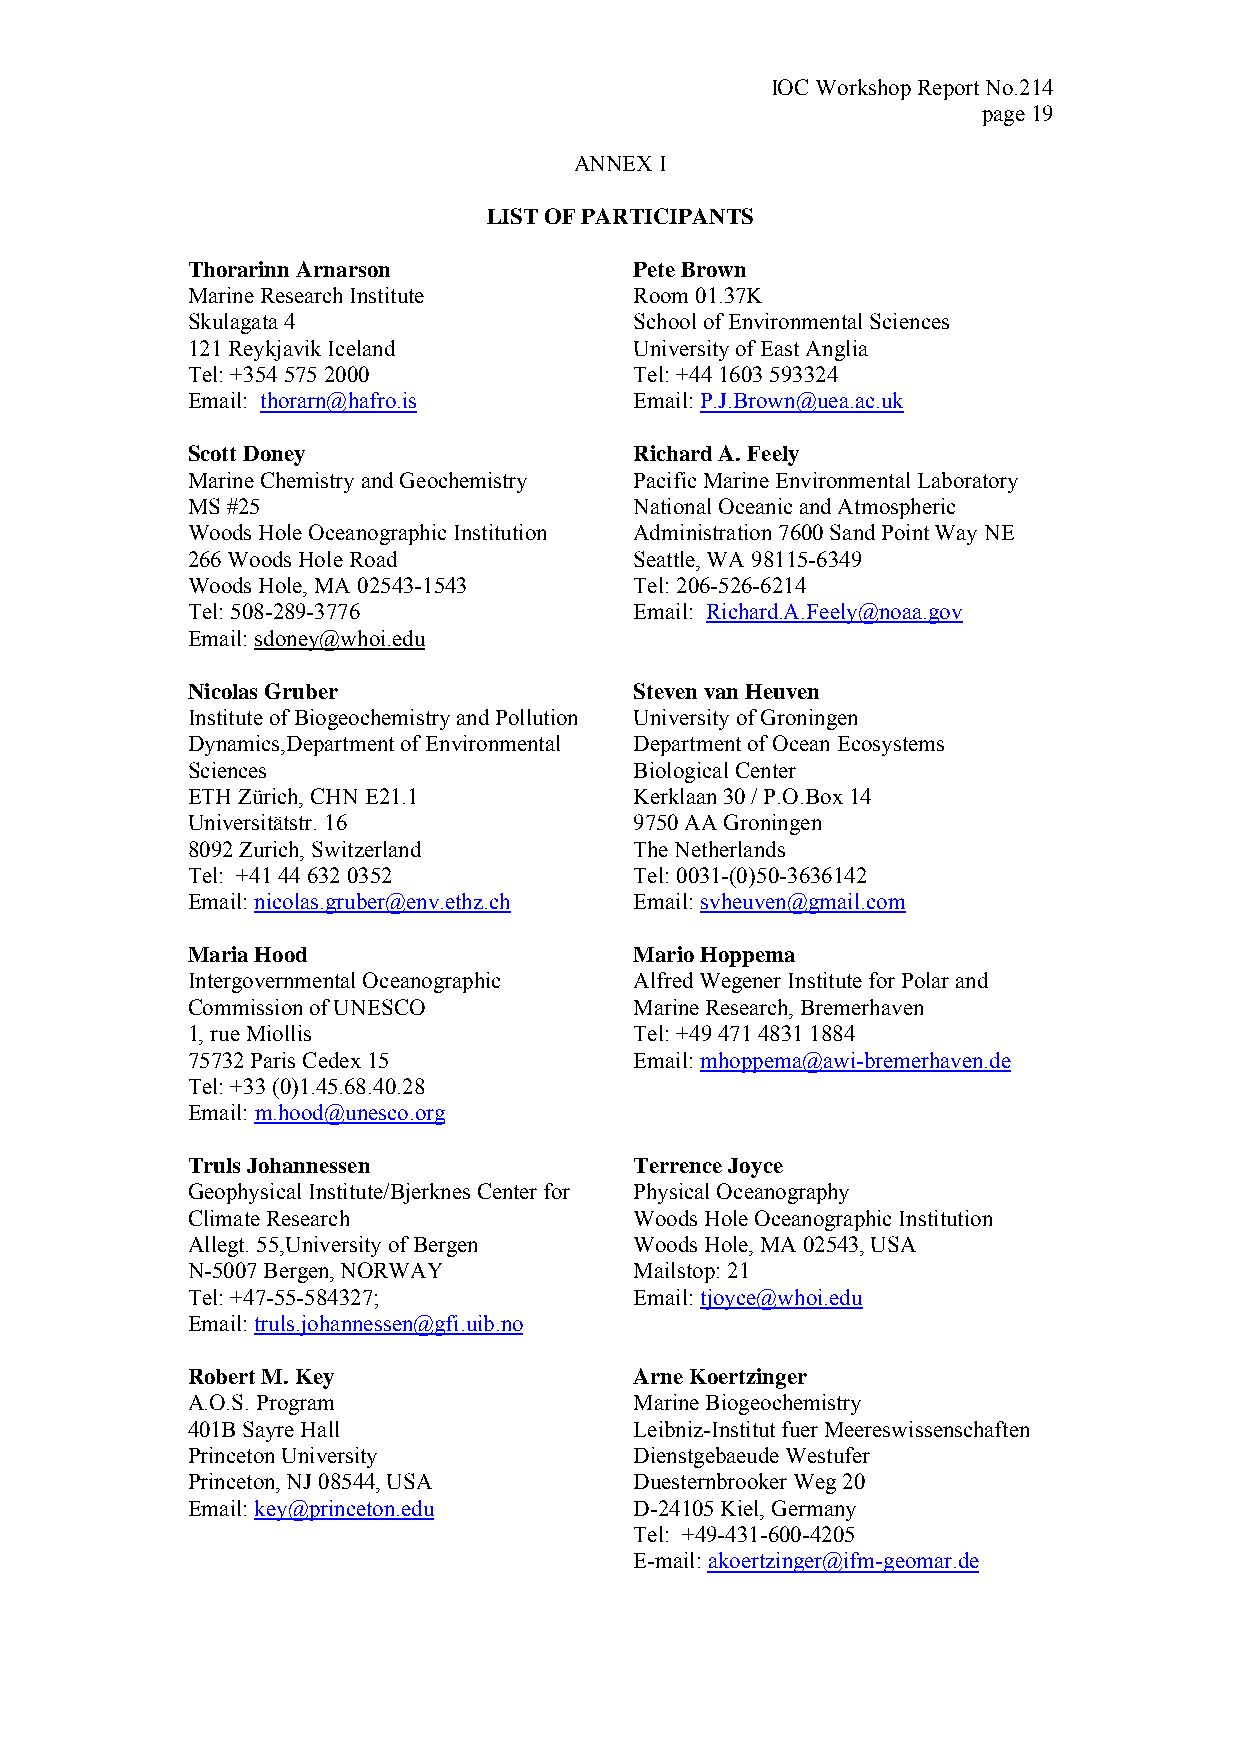
IOC Workshop Report No.214
 page 19
 ANNEX I
 LIST OF PARTICIPANTS
 Thorarinn Arnarson            Pete Brown
 Marine Research Institute     Room 01.37K
 Skulagata 4                   School of Environmental Sciences
 121 Reykjavik Iceland         University of East Anglia
 Tel: +354 575 2000            Tel: +44 1603 593324
 Email: thorarn@hafro.is       Email: P.J.Brown@uea.ac.uk
 Scott Doney                   Richard A. Feely
 Marine Chemistry and Geochemistry Pacific Marine Environmental Laboratory
 MS #25                        National Oceanic and Atmospheric
 Woods Hole Oceanographic Institution Administration 7600 Sand Point Way NE
 266 Woods Hole Road           Seattle, WA 98115-6349
 Woods Hole, MA 02543-1543     Tel: 206-526-6214
 Tel: 508-289-3776             Email: Richard.A.Feely@noaa.gov
 Email: sdoney@whoi.edu
 Nicolas Gruber                Steven van Heuven
 Institute of Biogeochemistry and Pollution University of Groningen
 Dynamics,Department of Environmental Department of Ocean Ecosystems
 Sciences                      Biological Center
 ETH Zürich, CHN E21.1         Kerklaan 30 / P.O.Box 14
 Universitätstr. 16            9750 AA Groningen
 8092 Zurich, Switzerland      The Netherlands
 Tel: +41 44 632 0352          Tel: 0031-(0)50-3636142
 Email: nicolas.gruber@env.ethz.ch Email: svheuven@gmail.com
 Maria Hood                    Mario Hoppema
 Intergovernmental Oceanographic Alfred Wegener Institute for Polar and
 Commission of UNESCO          Marine Research, Bremerhaven
 1, rue Miollis                Tel: +49 471 4831 1884
 75732 Paris Cedex 15          Email: mhoppema@awi-bremerhaven.de
 Tel: +33 (0)1.45.68.40.28
 Email: m.hood@unesco.org
 Truls Johannessen             Terrence Joyce
 Geophysical Institute/Bjerknes Center for Physical Oceanography
 Climate Research              Woods Hole Oceanographic Institution
 Allegt. 55,University of Bergen Woods Hole, MA 02543, USA
 N-5007 Bergen, NORWAY         Mailstop: 21
 Tel: +47-55-584327;           Email: tjoyce@whoi.edu
 Email: truls.johannessen@gfi.uib.no
 Robert M. Key                 Arne Koertzinger
 A.O.S. Program                Marine Biogeochemistry
 401B Sayre Hall               Leibniz-Institut fuer Meereswissenschaften
 Princeton University          Dienstgebaeude Westufer
 Princeton, NJ 08544, USA      Duesternbrooker Weg 20
 Email: key@princeton.edu      D-24105 Kiel, Germany
 Tel: +49-431-600-4205
 E-mail: akoertzinger@ifm-geomar.de